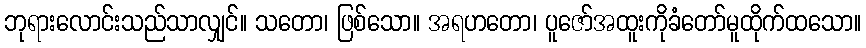
ဘုရားလောင်းသည်သာလျှင်။ သတော၊ ဖြစ်သော။ အရဟတော၊ ပူဇော်အထူးကိုခံတော်မူထိုက်ထသော။